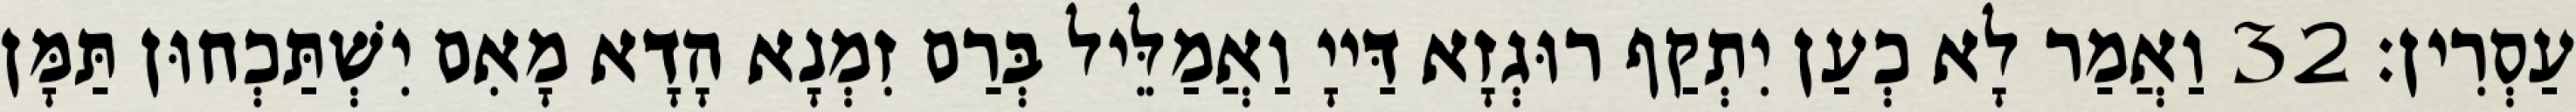
עַסְרִין׃ 32 וַאֲמַר לָא כְעַן יִתְקַף רוּגְזָא דַּייָ וַאֲמַלֵּיל בְּרַם זִמְנָא הָדָא מָאִם יִשְׁתַּכְחוּן תַּמָּן